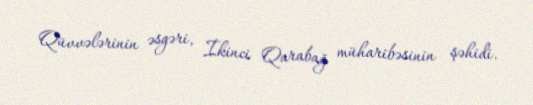
Qüvvələrinin əsgəri, İkinci Qarabağ müharibəsinin şəhidi.